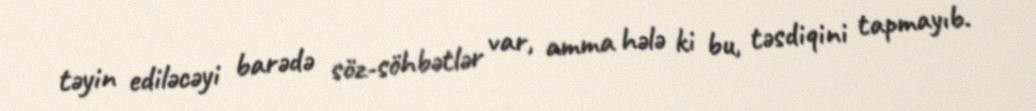
təyin ediləcəyi barədə söz-söhbətlər var, amma hələ ki bu, təsdiqini tapmayıb.